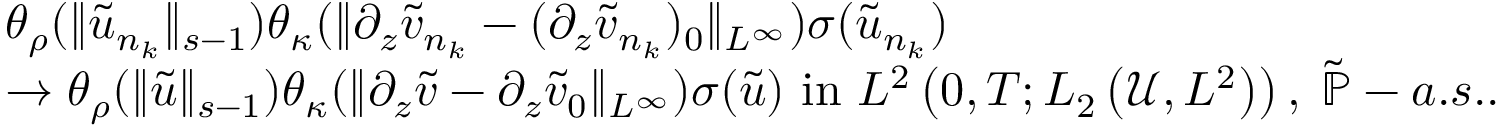
\begin{array} { r l } & { \theta _ { \rho } ( \| \tilde { u } _ { n _ { k } } \| _ { s - 1 } ) \theta _ { \kappa } ( \| \partial _ { z } \tilde { v } _ { n _ { k } } - ( \partial _ { z } \tilde { v } _ { n _ { k } } ) _ { 0 } \| _ { L ^ { \infty } } ) \sigma ( \tilde { u } _ { n _ { k } } ) } \\ & { \to \theta _ { \rho } ( \| \tilde { u } \| _ { s - 1 } ) \theta _ { \kappa } ( \| \partial _ { z } \tilde { v } - \partial _ { z } \tilde { v } _ { 0 } \| _ { L ^ { \infty } } ) \sigma ( \tilde { u } ) \mathrm { ~ i n ~ } L ^ { 2 } \left( 0 , T ; L _ { 2 } \left( \mathscr { U } , L ^ { 2 } \right) \right) , \; \tilde { \mathbb { P } } - a . s . . } \end{array}